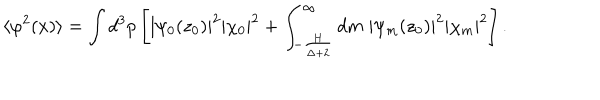
LaTeX: \langle \varphi ^ { 2 } ( x ) \rangle = \int d ^ { 3 } p \left[ | \psi _ { 0 } ( z _ { 0 } ) | ^ { 2 } | \chi _ { 0 } | ^ { 2 } + \int _ { - \frac { H } { \Delta + 2 } } ^ { \infty } d m \; | \psi _ { m } ( z _ { 0 } ) | ^ { 2 } | \chi _ { m } | ^ { 2 } \right] .